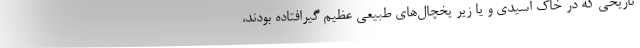
تاریخی که در خاک اسیدی و یا زیر یخچال‌های طبیعی عظیم گیرافتاده بودند،‌